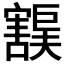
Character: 𫴙